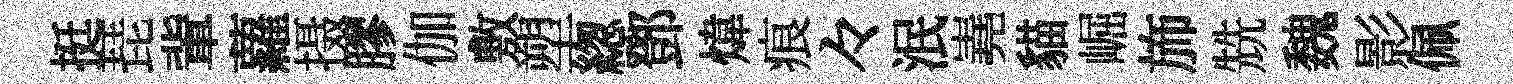
挺琵軰蘿摄膠伽敷塑緫鄧煒痕々泯嶤貓崛斾兟魏影佩